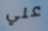
علي